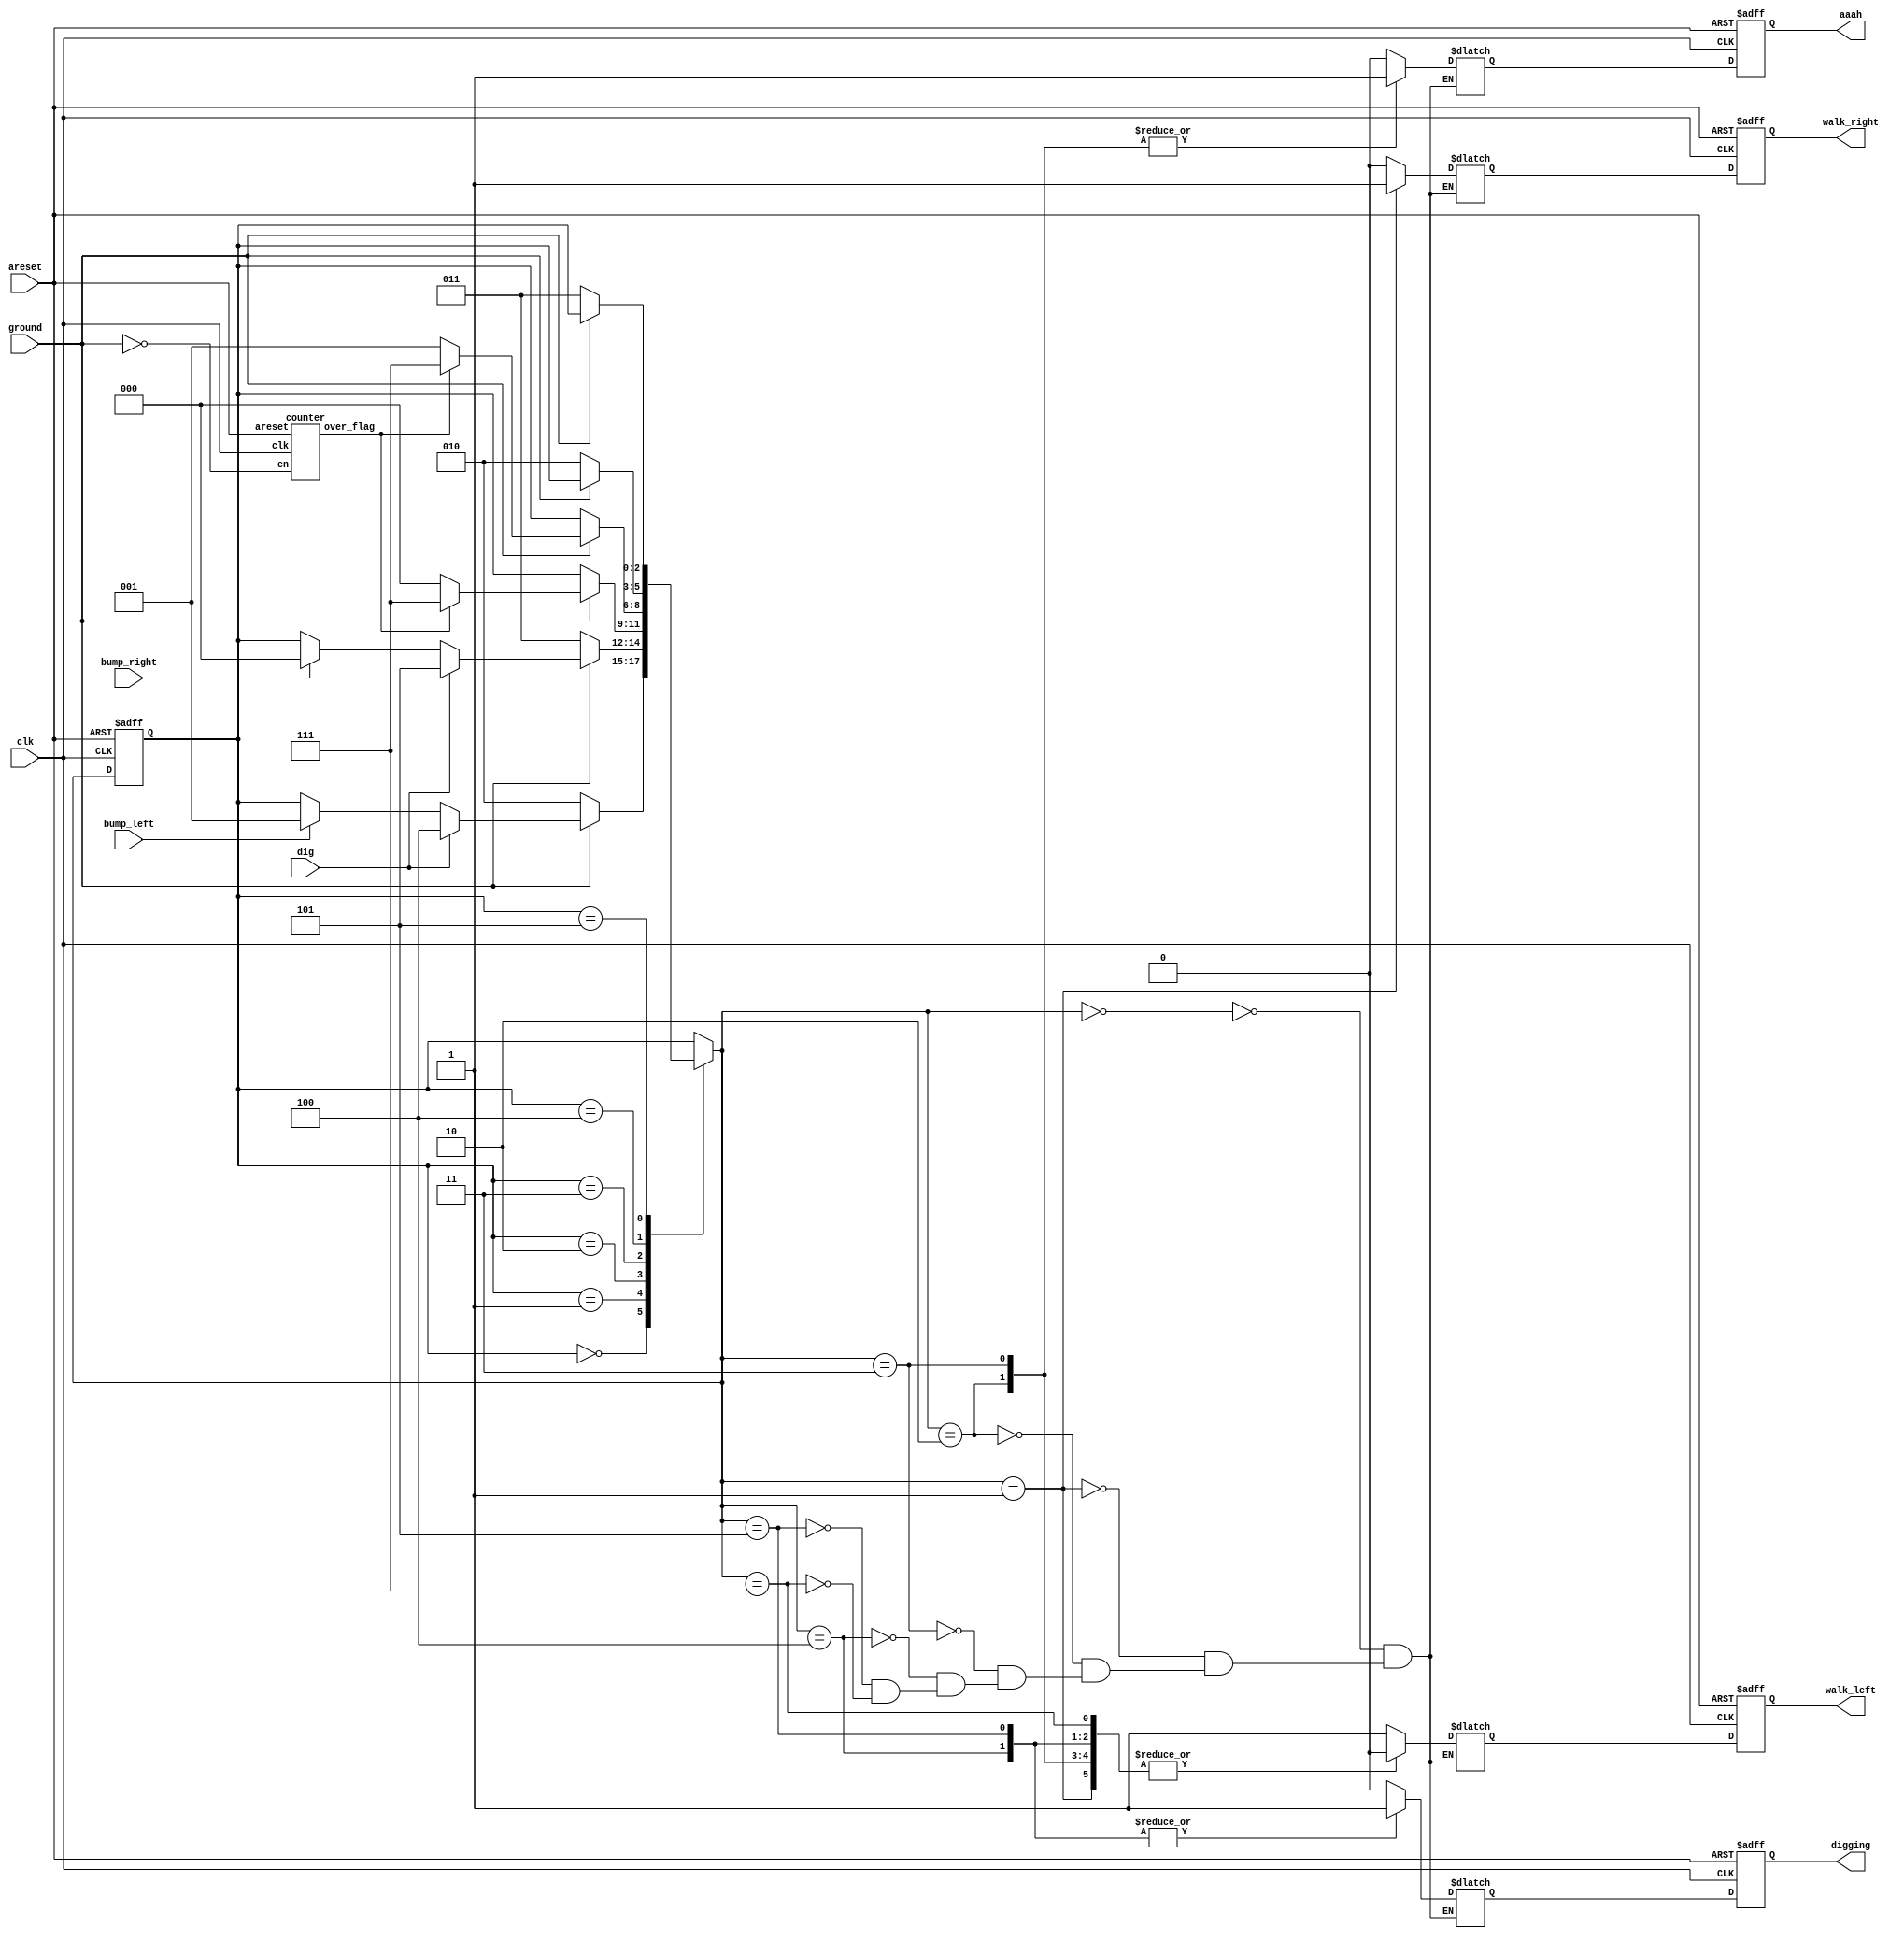
module top_module (
    input clk,
    input areset,    // Freshly brainwashed Lemmings walk left.
    input bump_left,
    input bump_right,
    input ground,
    input dig,
    output reg walk_left,
    output reg walk_right,
    output reg aaah,
    output reg digging
);
    parameter WALKING_LEFT = 3'b000;
    parameter WALKING_RIGHT = 3'b001;
    parameter FALLING_LEFT = 3'b010;
    parameter FALLING_RIGHT = 3'b011;
    parameter DIGGING_LEFT = 3'b100;
    parameter DIGGING_RIGHT = 3'b101;
    parameter DEAD = 3'b111;

    reg [2:0] cs, ns;
    //wire [4:0] cnt_fall;
    wire over_flag;
    reg walk_left_nxt, walk_right_nxt, aaah_nxt,digging_nxt;

    counter u_cnt
    (
        .clk(clk),
        .areset(areset),
        .en(!ground),
        .over_flag(over_flag)
    );

    always @(posedge clk or posedge areset) begin
        if(areset)
            cs <= WALKING_LEFT;
        else
            cs <= ns;
    end

    always @(*) begin
        case (cs)
            WALKING_LEFT: begin
                if(!ground)
                    ns = FALLING_LEFT;
                else if(dig)
                    ns = DIGGING_LEFT;
                else if(bump_left)
                    ns = WALKING_RIGHT;
                else
                    ns = cs;
                end
            WALKING_RIGHT: begin
                if(!ground)
                    ns = FALLING_RIGHT;
                else if(dig)
                    ns = DIGGING_RIGHT;
                else if(bump_right)
                    ns = WALKING_LEFT;
                else
                    ns = cs;
                end
            FALLING_LEFT: begin
                if(!ground)
                    ns = cs;
                else if (!over_flag)
                    ns = WALKING_LEFT;
                else
                    ns = DEAD;
            end
            FALLING_RIGHT: begin
                if(!ground)
                    ns = cs;
                else if (!over_flag)
                    ns = WALKING_RIGHT;
                else
                    ns = DEAD;
            end
            DIGGING_LEFT: begin
                if(!ground)
                    ns = FALLING_LEFT;
                else
                    ns = cs;
            end
            DIGGING_RIGHT: begin
                if(!ground)
                    ns = FALLING_RIGHT;
                else
                    ns = cs;
            end
            DEAD: begin
                ns = cs;
            end
        default: ns = cs;
        endcase
    end

    always @(posedge clk or posedge areset) begin
        if(areset)begin
            walk_left <= 1'b1;
            walk_right <=1'b0;
            aaah <= 1'b0;
            digging <= 1'b0;
        end
        else begin
            walk_left <= walk_left_nxt;
            walk_right <=walk_right_nxt;
            aaah <= aaah_nxt;
            digging <= digging_nxt;
        end
    end
    always @(*) begin
        case (ns)
            WALKING_LEFT:begin
                walk_left_nxt = 1'b1;
                walk_right_nxt = 1'b0;
                aaah_nxt =1'b0;
                digging_nxt = 1'b0;
            end 
            WALKING_RIGHT: begin
                walk_left_nxt = 1'b0;
                walk_right_nxt = 1'b1;
                aaah_nxt = 1'b0;
                digging_nxt = 1'b0;
            end
            FALLING_LEFT: begin
                walk_left_nxt = 1'b0;
                walk_right_nxt = 1'b0;
                aaah_nxt =1'b1;
                digging_nxt = 1'b0;
            end
            FALLING_RIGHT: begin
                walk_left_nxt = 1'b0;
                walk_right_nxt = 1'b0;
                aaah_nxt =1'b1;
                digging_nxt = 1'b0;
            end
            DIGGING_LEFT: begin
                walk_left_nxt = 1'b0;
                walk_right_nxt = 1'b0;
                aaah_nxt =1'b0;
                digging_nxt = 1'b1;
            end
            DIGGING_RIGHT: begin
                walk_left_nxt = 1'b0;
                walk_right_nxt = 1'b0;
                aaah_nxt =1'b0;
                digging_nxt = 1'b1;
            end
            DEAD: begin
                walk_left_nxt = 1'b0;
                walk_right_nxt =1'b0;
                aaah_nxt = 1'b0;
                digging_nxt = 1'b0;
            end
        endcase
    end
endmodule   

module counter (
    input clk,
    input areset,
    input en,
    output reg over_flag
);
    reg [4:0] cnt_nxt;
    reg [4:0] cnt;

    always @(posedge clk or posedge areset) begin
        if(areset)
            cnt <= 5'b0;
        else
            cnt <= cnt_nxt;
    end
    always @(*) begin
        if(!en)
            cnt_nxt = 5'b0;
        else if(cnt<=5'd20)
            cnt_nxt = cnt + 1'b1;
        else
            cnt_nxt = cnt;
    end

    reg over_flag_nxt;
    always @(posedge clk or posedge areset) begin
        if(areset)
            over_flag <= 1'b0;
        else
            over_flag <= over_flag_nxt;
    end

    always @(*) begin
        if(!en)
            over_flag_nxt = 1'b0;
        else if(cnt<5'd20)
            over_flag_nxt=1'b0;
        else
            over_flag_nxt = 1'b1;
    end
endmodule